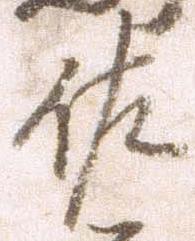
佐